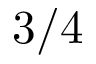
3 / 4